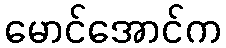
မောင်အောင်က